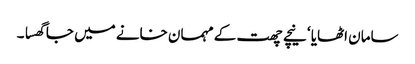
سامان اٹھایا ‘ نیچے چھت کے مہمان خانے میں جا گھسا ۔